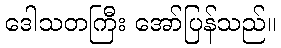
ဒေါသတကြီး အော်ပြန်သည်။